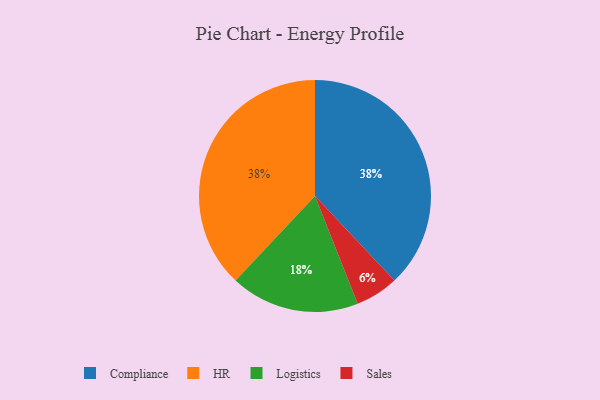
{"axis": {"x": "Category", "y": "Percentage"}, "legend": ["Compliance", "HR", "Logistics", "Sales"], "data": [{"x": "Compliance", "y": 38, "type": "Compliance"}, {"x": "HR", "y": 38, "type": "HR"}, {"x": "Sales", "y": 6, "type": "Sales"}, {"x": "Logistics", "y": 18, "type": "Logistics"}]}